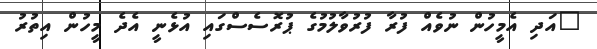
"އަދި އެމީހުން ނުވެއް ފުރާ ފުރުވާލުމުގެ ޕުރޮސެސްގައި އުޅެނީ އެދެ މީހުން އިތުރު